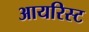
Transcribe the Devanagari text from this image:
आयरिस्ट